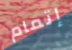
إتمام